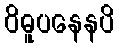
ဝိဓူပနေနပိ